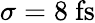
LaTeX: \sigma=8~\mathrm{fs}